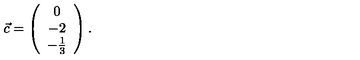
\vec { c } = \left( \begin{array} { c } { 0 } \\ { - 2 } \\ { - \frac { 1 } { 3 } } \\ \end{array} \right) .